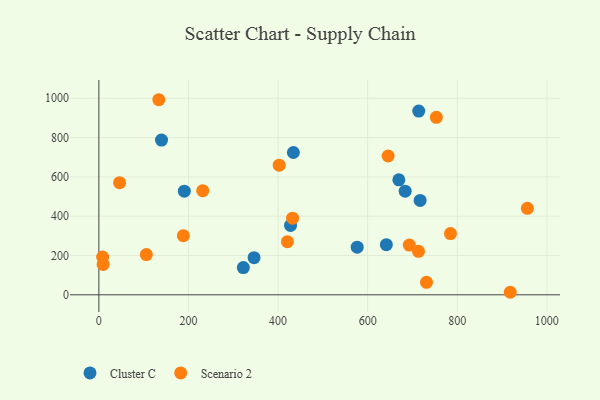
{"axis": {"x": "Price", "y": "Profit"}, "legend": ["Cluster C", "Scenario 2"], "data": [{"x": "190.8", "y": 527.4, "type": "Cluster C"}, {"x": "346.4", "y": 188.9, "type": "Cluster C"}, {"x": "683.7", "y": 527.4, "type": "Cluster C"}, {"x": "669.6", "y": 585.1, "type": "Cluster C"}, {"x": "714.0", "y": 934.8, "type": "Cluster C"}, {"x": "576.6", "y": 242.6, "type": "Cluster C"}, {"x": "434.2", "y": 723.9, "type": "Cluster C"}, {"x": "717.1", "y": 480.0, "type": "Cluster C"}, {"x": "427.8", "y": 352.8, "type": "Cluster C"}, {"x": "139.8", "y": 787.0, "type": "Cluster C"}, {"x": "322.5", "y": 138.7, "type": "Cluster C"}, {"x": "641.7", "y": 255.3, "type": "Cluster C"}, {"x": "731.3", "y": 63.6, "type": "Scenario 2"}, {"x": "432.4", "y": 389.9, "type": "Scenario 2"}, {"x": "420.9", "y": 270.3, "type": "Scenario 2"}, {"x": "956.5", "y": 440.1, "type": "Scenario 2"}, {"x": "188.6", "y": 300.7, "type": "Scenario 2"}, {"x": "918.2", "y": 12.9, "type": "Scenario 2"}, {"x": "231.8", "y": 529.7, "type": "Scenario 2"}, {"x": "9.5", "y": 154.4, "type": "Scenario 2"}, {"x": "133.8", "y": 992.5, "type": "Scenario 2"}, {"x": "46.3", "y": 570.3, "type": "Scenario 2"}, {"x": "753.3", "y": 903.1, "type": "Scenario 2"}, {"x": "402.5", "y": 659.3, "type": "Scenario 2"}, {"x": "105.9", "y": 204.5, "type": "Scenario 2"}, {"x": "645.6", "y": 706.1, "type": "Scenario 2"}, {"x": "784.8", "y": 311.4, "type": "Scenario 2"}, {"x": "713.4", "y": 221.4, "type": "Scenario 2"}, {"x": "693.0", "y": 253.0, "type": "Scenario 2"}, {"x": "8.4", "y": 192.3, "type": "Scenario 2"}]}